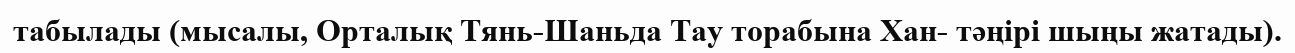
табылады (мысалы, Орталық Тянь-Шаньда Тау торабына Хан- тәңірі шыңы жатады).